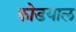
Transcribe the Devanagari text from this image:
कोडयाल